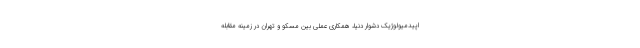
اپیدمیولوژیک دشوار دنیا، همکاری عملی بین مسکو و تهران در زمینه مقابله